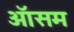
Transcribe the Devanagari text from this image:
ऑसम